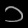
Digit: ၁